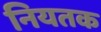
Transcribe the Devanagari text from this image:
नियतक